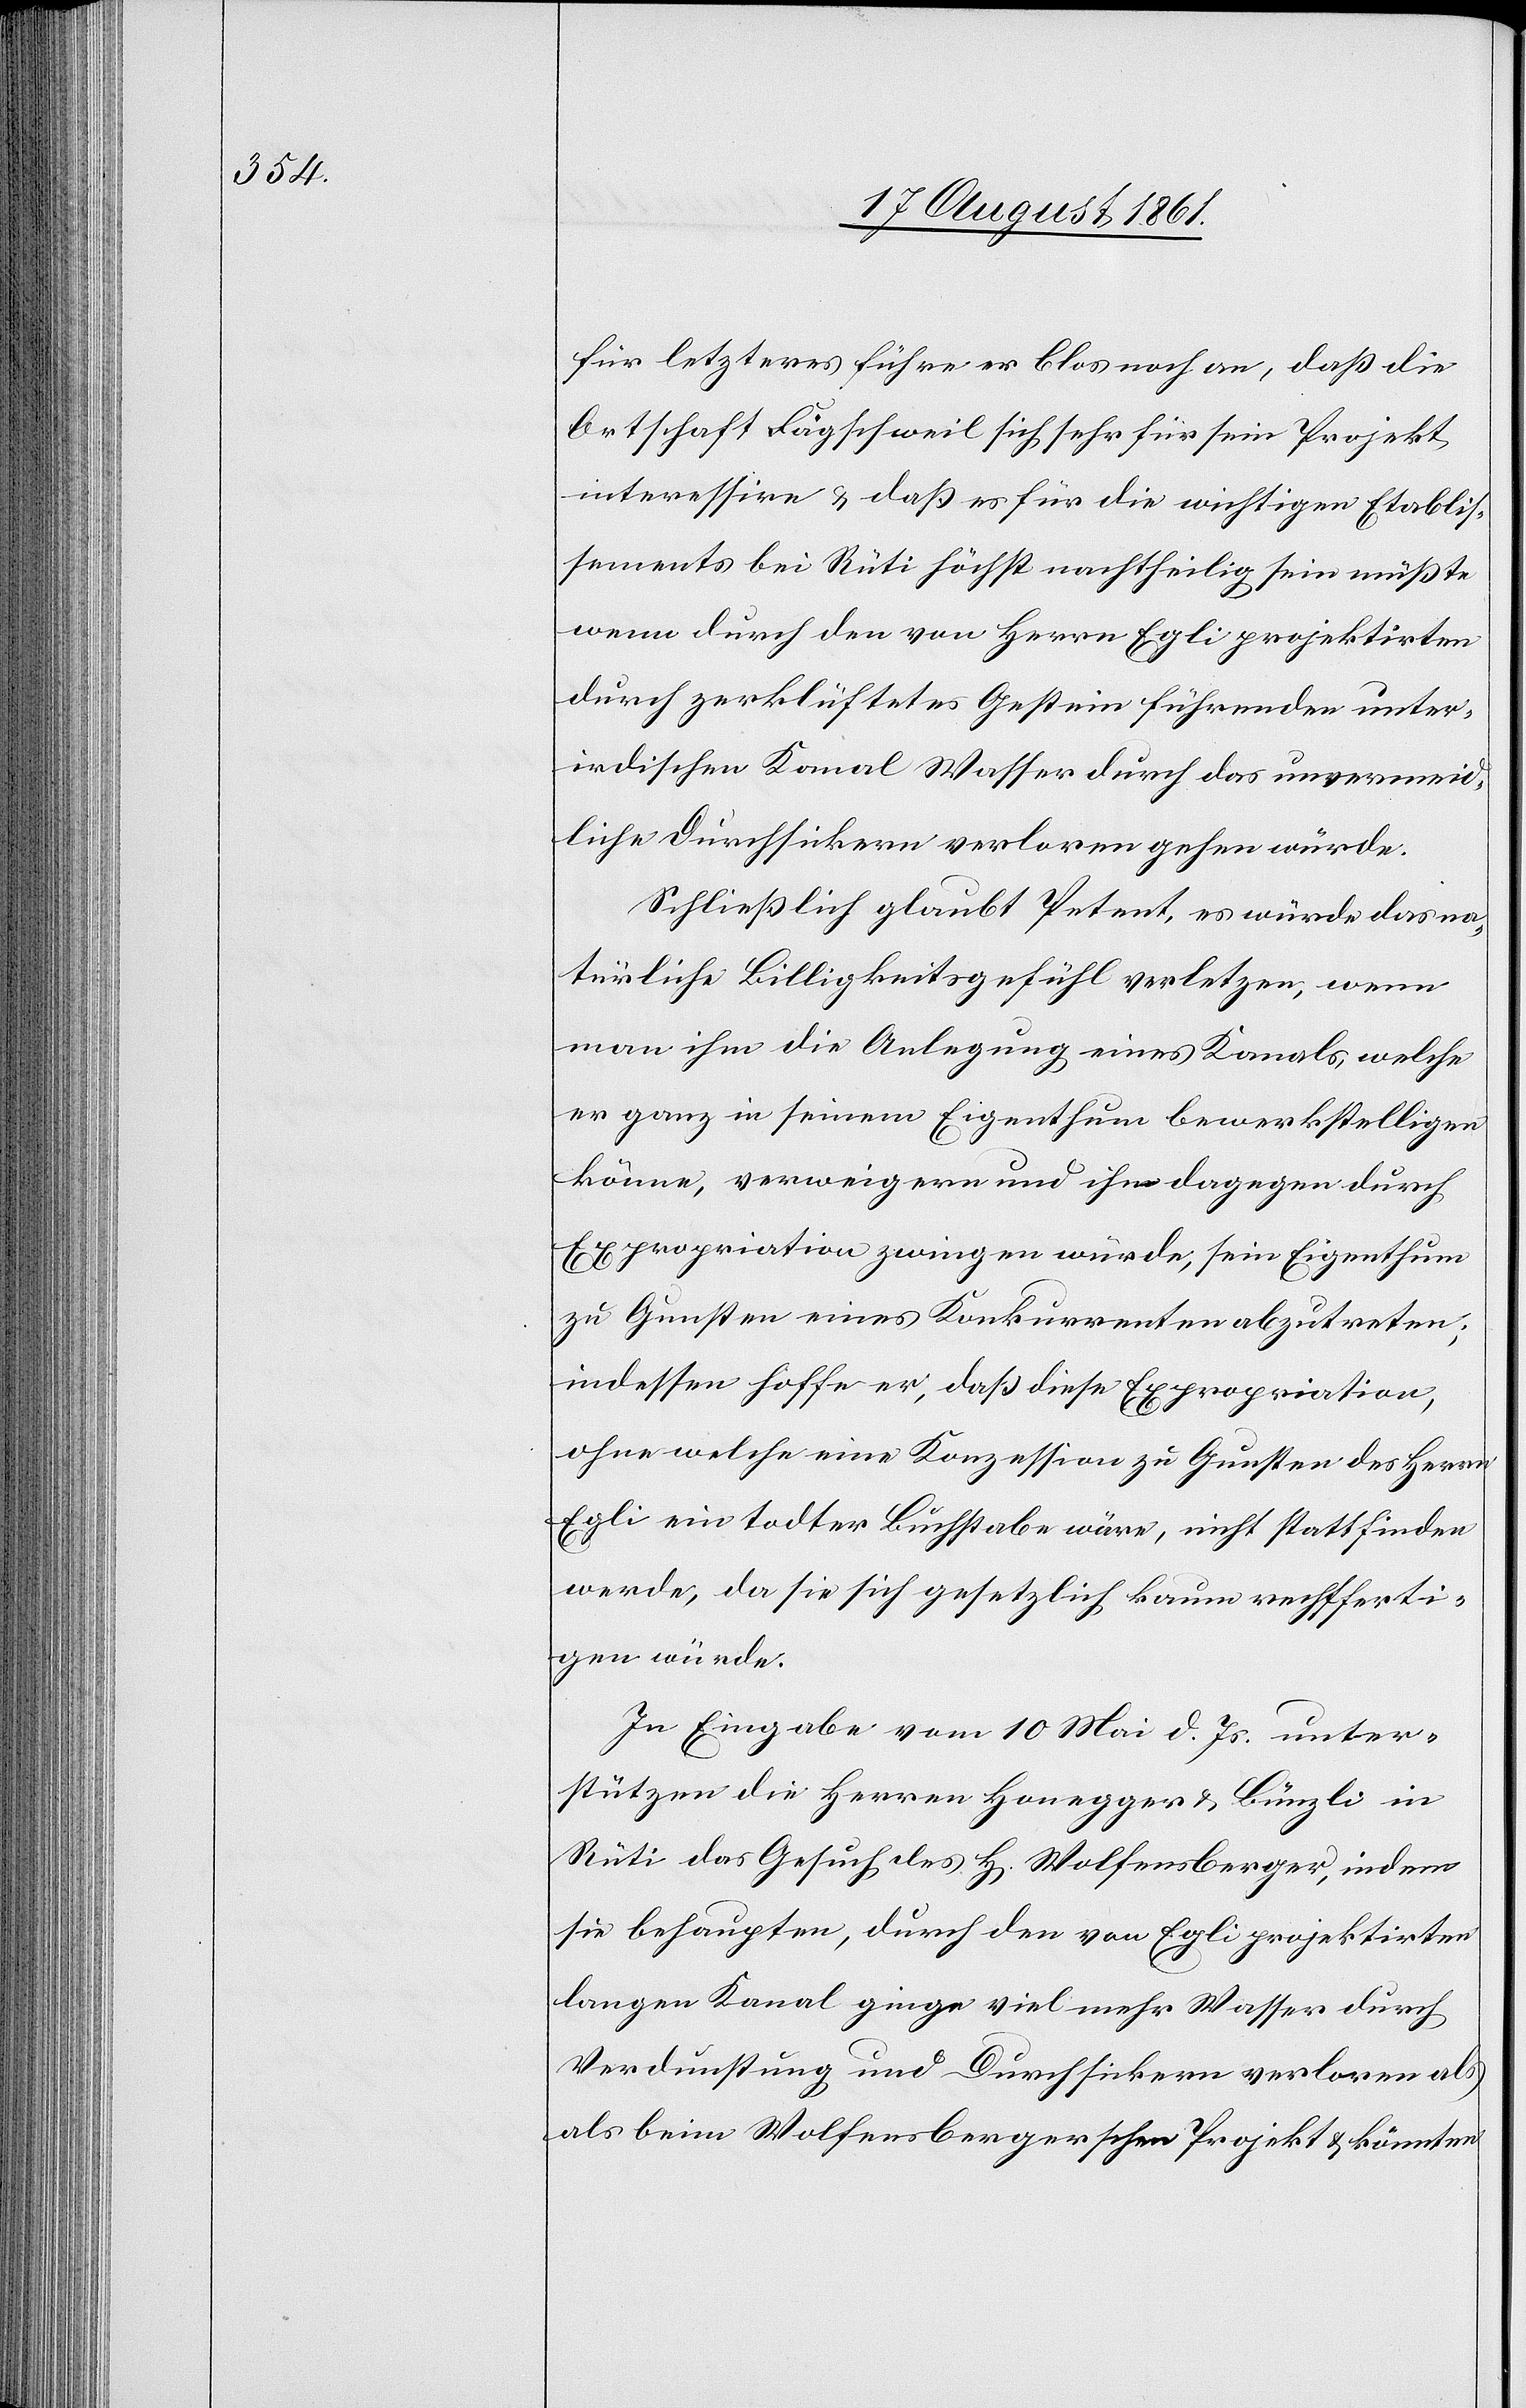
für letzteres führe er blos noch an, daß die
Ortschaft Fägschweil sich sehr für sein Projekt
interessire u. daß es für die wichtigen Etablis¬
sements bei Rüti höchst nachtheilig sein müßte
wenn durch den von Herrn Egli projektirten
durch zerklüftetes Gestein führenden unter¬
irdischen Kanal Wasser durch das unvermeid¬
liche Durchsickern verloren gehen würde.
Schließlich glaubt Petent, es würde das na¬
türliche Billigkeitsgefühl verletzen, wenn
man ihm die Anlegung eines Kanals, welche
er ganz in seinem Eigenthum bewerkstelligen
könne, verweigern und ihn dagegen durch
Expropriation zwingen würde, sein Eigenthum
zu Gunsten eines Konkurrenten abzutreten;
indessen hoffe er, daß diese Expropriation,
ohne welche eine Konzession zu Gunsten des Herrn
Egli ein todter Buchstabe wäre, nicht stattfinden
werde, da sie sich gesetzlich kaum rechtferti¬
gen würde.
In Eingabe vom 10 Mai d. Js. unter¬
stützen die Herren Honegger u. Bünzli in
Rüti das Gesuch des H[errn] Wolfensberger, indem
sie behaupten, durch den von Egli projektirten
langen Kanal ginge viel mehr Wasser durch
Verdunstung und Durchsickern verloren al¬
s beim Wolfensbergerschen Projekt u. könnten